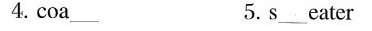
4. coa___ 5. s___eater